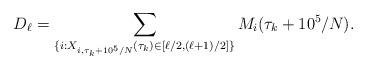
LaTeX: \begin{align*}D_{\ell} = \sum_{\{i: X_{i,\tau_k+10^5/N}(\tau_k) \in [\ell/2,(\ell+1)/2]\}}M_i(\tau_k+10^5/N). \end{align*}